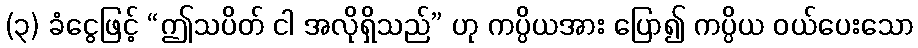
(၃) ခံငွေဖြင့် “ဤသပိတ် ငါ အလိုရှိသည်” ဟု ကပ္ပိယအား ပြော၍ ကပ္ပိယ ဝယ်ပေးသော